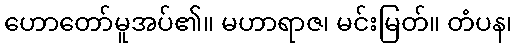
ဟောတော်မူအပ်၏။ မဟာရာဇ၊ မင်းမြတ်။ တံပန၊